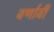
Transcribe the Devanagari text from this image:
वर्णावी